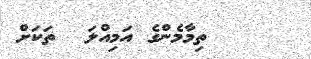
ތިމާމެންގެ އަމިއްލަ  ތަކަށް